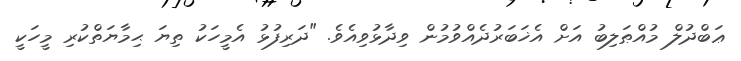
ޢަބްދުލް މުއްޠަލިބު އަށް އެޚަބަރުދެއްވުމުން ވިދާޅުވިއެވެ. "ދަރިފުޅު އެމީހަކު ތިޔަ ޙިމާޔަތްކުރި މީހަކީ